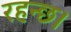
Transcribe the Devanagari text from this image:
रहन्छ।